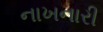
નાખનારી